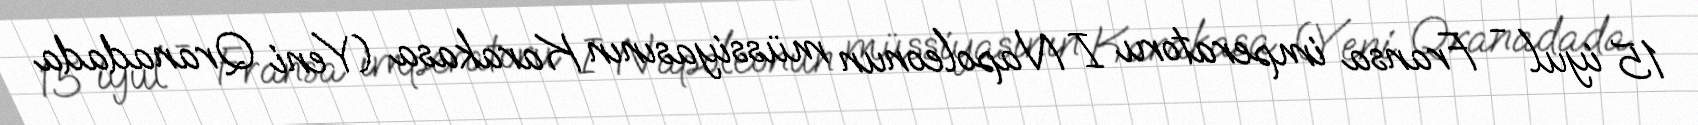
15 iyul - Fransa imperatoru I Napoleonun müssiyasının Karakasa (Yeni Qranadada